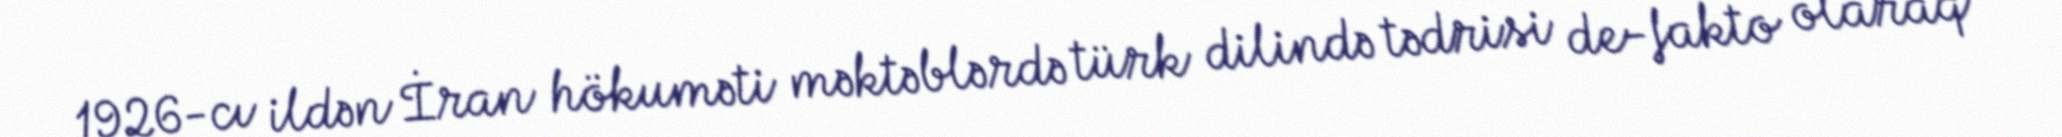
1926-cı ildən İran hökuməti məktəblərdə türk dilində tədrisi de-fakto olaraq